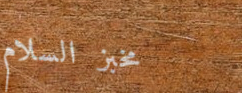
مخبز السلام